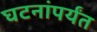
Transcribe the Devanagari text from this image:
घटनांपर्यंत